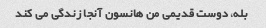
بله، دوست قدیمی من هانسون آنجا زندگی می کند